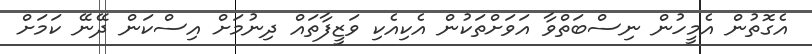
އެގޮތުން އެމީހުން ނިސްބަތްވާ އަވަށްތަކުން އެކިއެކި ވަޒީފާތައް ދިނުމަށް އިސްކަން ދޭނޭ ކަމަށް